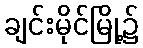
ချင်းမိုင်မြို့၌